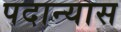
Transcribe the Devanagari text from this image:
पदान्यास